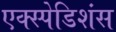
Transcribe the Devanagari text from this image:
एक्स्पेडिशंस